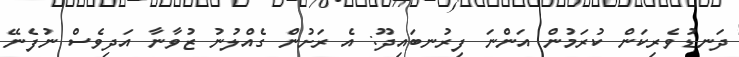
ދަނޑުވެރިކަން ކުރަމުން އަންނަ ފިރުނބައިދޫ: އެ ރަށުން ގެއްލުނު ޒުވާނާ އަދިވެސް ނުފެނޭ